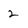
Character: 2